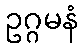
ဥဂ္ဂမနံ